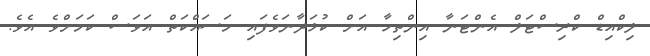
ލިކްއިޑް ކްރިސްޓަލް އެންޓަނާ އިންތިހާ އަށް ކުޅަދާނަވެފައި މަސައްކަތް އަވަސް ކަމަށްވެ އެވެ.